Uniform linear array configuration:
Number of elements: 12
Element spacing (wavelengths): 0.75
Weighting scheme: uniform
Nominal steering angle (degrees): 0
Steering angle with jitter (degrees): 1.2
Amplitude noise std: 0.05
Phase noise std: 0.05

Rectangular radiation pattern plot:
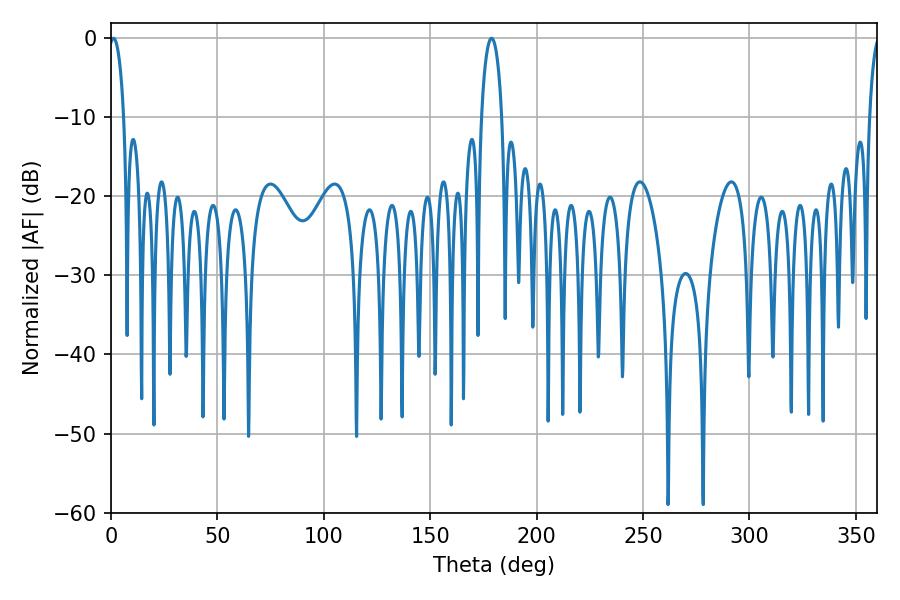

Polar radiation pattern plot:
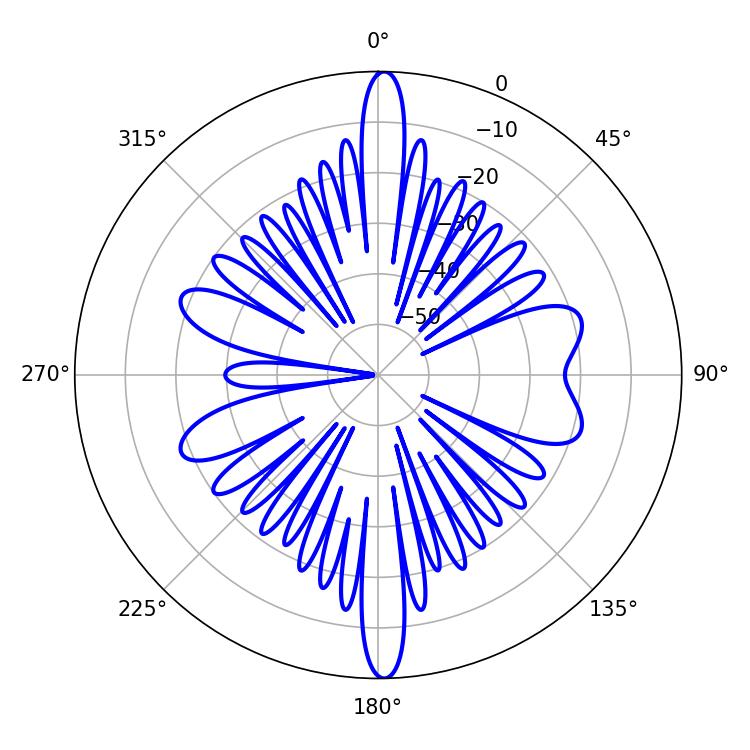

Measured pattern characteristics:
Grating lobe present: TRUE
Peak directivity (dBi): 24.816
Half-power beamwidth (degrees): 3.96
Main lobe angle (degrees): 1.26